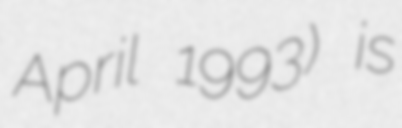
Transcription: April 1993) is